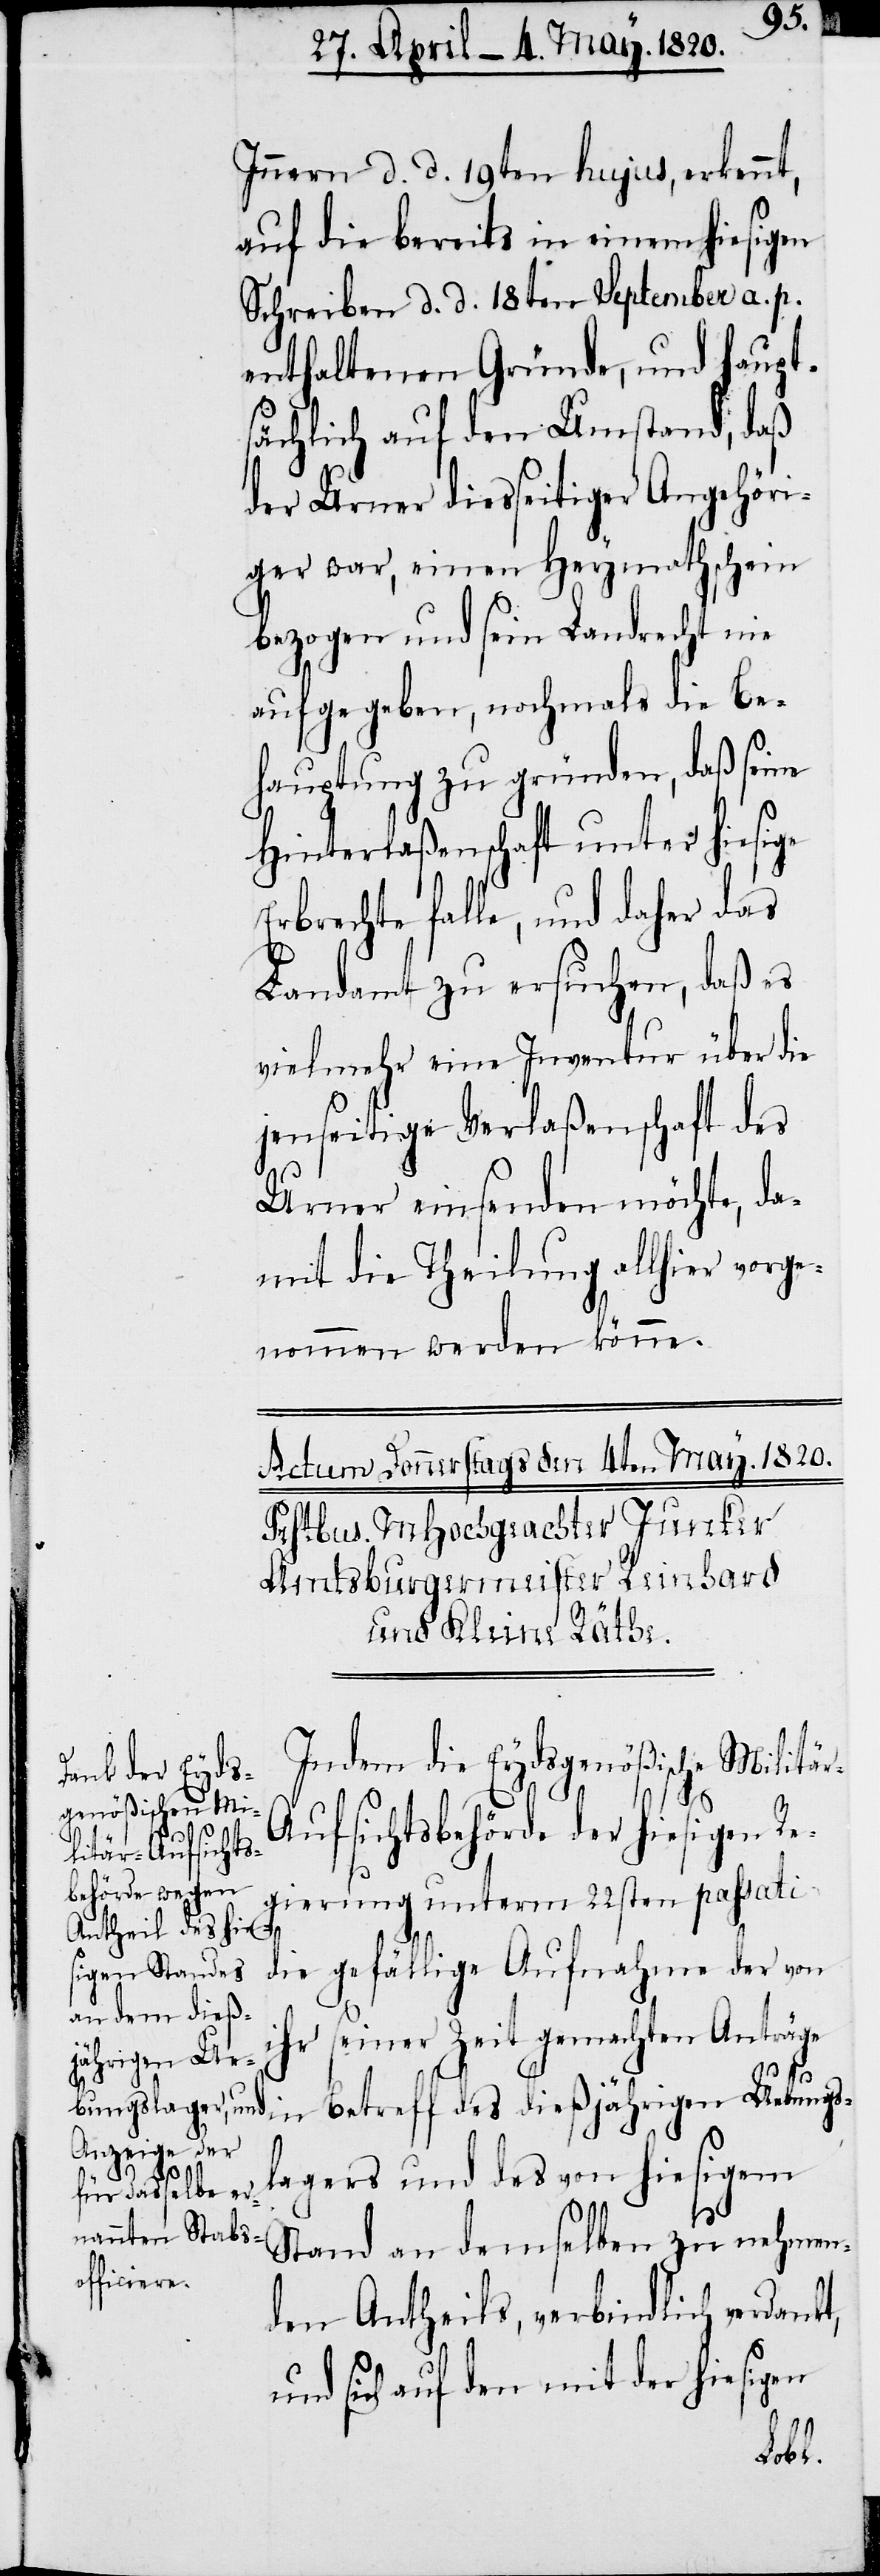
Innern d. d. 19ten hujus, erkennt,
auf die bereits in einem hiesigen
Schreiben d. d. 18ten September a. p.
enthaltenen Gründe, und haupt¬
sächlich auf den Umstand, daß
der Urner diesseitiger Angehöri¬
ger war, einen Heymathschein
bezogen und sein Landrecht nie
aufgegeben, nochmals die Be¬
hauptung zu gründen, daß seine
Hinterlaßenschaft unter hiesige
Erbrechte falle, und daher das
Landamt zu ersuchen, daß es
vielmehr eine Inventur über die
jenseitige Verlaßenschaft des
Urner einsenden möchte, da¬
mit die Theilung allhier vorge¬
nommen werden könne.
Indem die Eydsgenößische Militä¬
ufsichtsbehörde der hiesigen Re¬
gierung unterm 22sten passati
die gefällige Aufnahme der von
ihr seiner Zeit gemachten Anträge
jährigen Ue¬
lagers und des von hiesigem
Stand an demselben zu nehmen¬
den Antheils, verbindlich verdankt,
und sich auf den mit der hiesigen
dieß¬

bungs¬